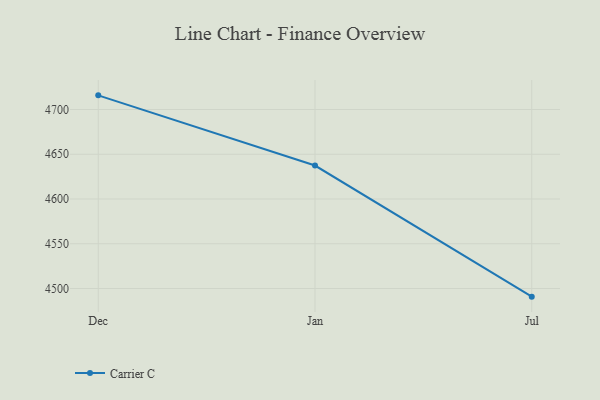
{"axis": {"x": "Month", "y": "Revenue (USD Million)"}, "legend": ["Carrier C"], "data": [{"x": "Dec", "y": 4715.8, "type": "Carrier C"}, {"x": "Jan", "y": 4637.4, "type": "Carrier C"}, {"x": "Jul", "y": 4490.9, "type": "Carrier C"}]}